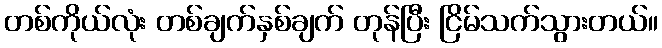
တစ်ကိုယ်လုံး တစ်ချက်နှစ်ချက် တုန်ပြီး ငြိမ်သက်သွားတယ်။